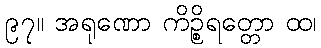
၉၇။ အရုဏော ကိဉ္စိရတ္တော ထ၊